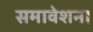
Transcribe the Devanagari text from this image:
समावेशन।